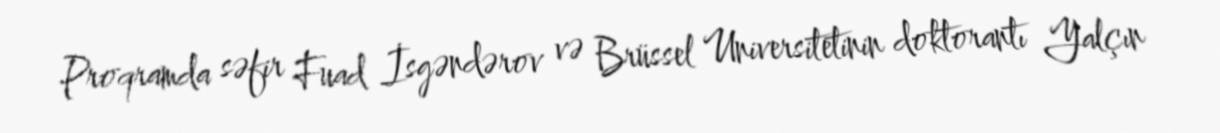
Proqramda səfir Fuad İsgəndərov və Brüssel Universitetinin doktorantı Yalçın